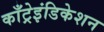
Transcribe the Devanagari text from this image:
काँट्रेइंडिकेशन